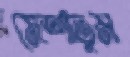
মেশাতুম